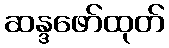
ဆန္ဒဖော်ထုတ်